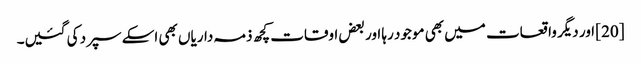
[20] اور دیگر واقعات میں بھی موجود رہا اور بعض اوقات کچھ ذمہ داریاں بھی اسکے سپرد کی گئیں۔